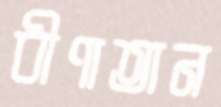
বীণাতান